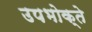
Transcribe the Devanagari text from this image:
उपभोक्ते